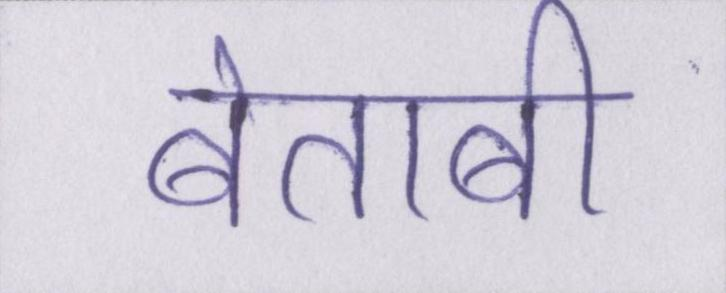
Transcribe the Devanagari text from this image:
बेताबी